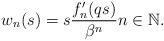
LaTeX: \begin{align*} w_n (s) = s{\frac{f'_n(qs)} {\beta^n}} n \in {\mathbb{N}}.\end{align*}